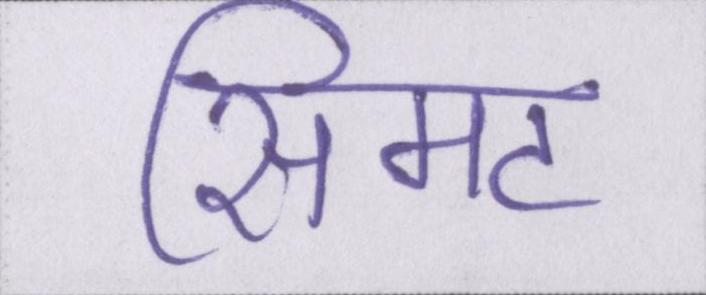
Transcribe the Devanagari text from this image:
सिमट